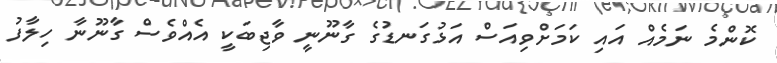
ކޮންމެ ނަމެއް އައި ކަމަށްވިއަސް އަޅުގަނޑުގެ ގާނޫނީ ވާޖިބަކީ އެއްވެސް ގާނޫނާ ހިލާފު